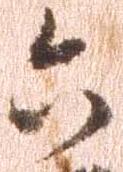
六